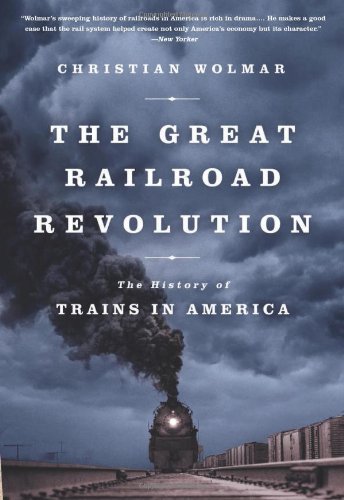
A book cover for The Great Railroad Revolution: The History of Trains in America; Christian Wolmar; Engineering & Transportation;